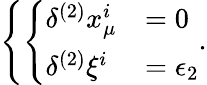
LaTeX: \left\{ \left\{ \begin{array}{ll}{{\delta^{(2)}x_{\mu}^{i}}}&{{=0}}\\ {{\delta^{(2)}\xi^{i}}}&{{=\epsilon_{2}}}\end{array}\right.\right..